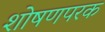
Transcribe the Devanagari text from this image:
शोषणपरक